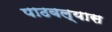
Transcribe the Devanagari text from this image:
पाठवल्‍यास